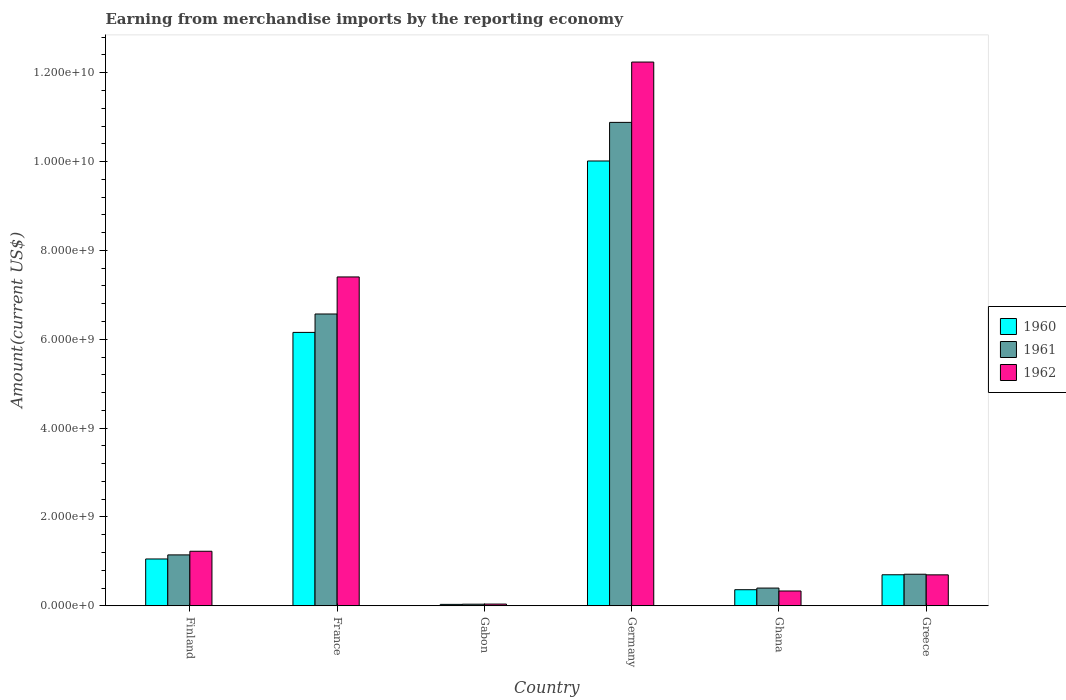
| Country | 1960 | 1961 | 1962 |
 | --- | --- | --- | --- |
 | Finland | 1.05e+09 | 1.15e+09 | 1.23e+09 |
 | France | 6.15e+09 | 6.57e+09 | 7.4e+09 |
 | Gabon | 3.18e+07 | 3.58e+07 | 3.88e+07 |
 | Germany | 1e+10 | 1.09e+10 | 1.22e+10 |
 | Ghana | 3.62e+08 | 3.99e+08 | 3.33e+08 |
 | Greece | 6.98e+08 | 7.10e+08 | 6.96e+08 |